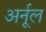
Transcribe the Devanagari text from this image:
अर्नूल